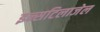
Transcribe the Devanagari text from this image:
इन्सटिलाजेल